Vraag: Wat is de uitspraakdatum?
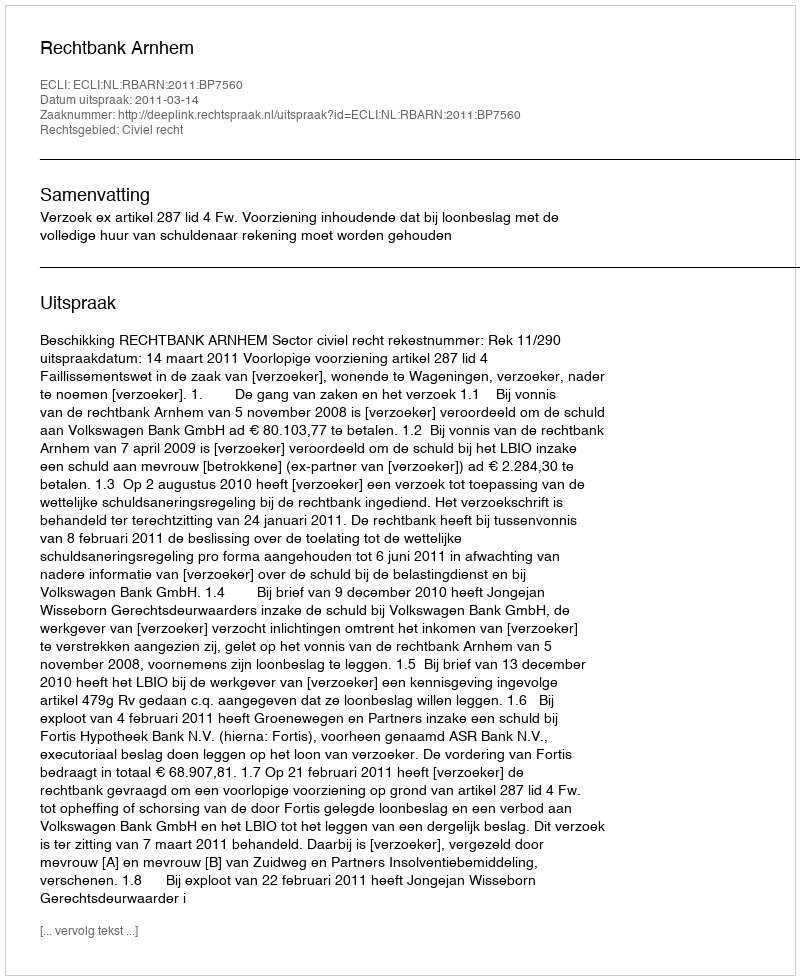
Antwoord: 2011-03-14